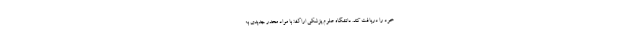
خود را دریافت کند. دانشگاه علوم پزشکی اراک: با مواد مخدر جدیدی به